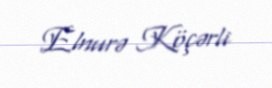
Elnurə Köçərli